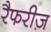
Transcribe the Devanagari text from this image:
रैफरीज़